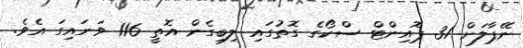
ނޭޕާލަށް 31 ޕޮއިންޓް ސްކޯގެ ގޮތުގައި ލިބިގެން އޮތީ 116 ވަނައިގަ އެވެ.